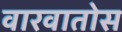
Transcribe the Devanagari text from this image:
वारवातोस